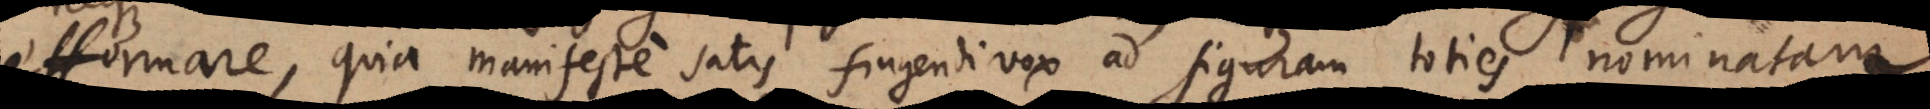
efformare, quia manifeste satis fingendi vox ad figuram toties nominatam